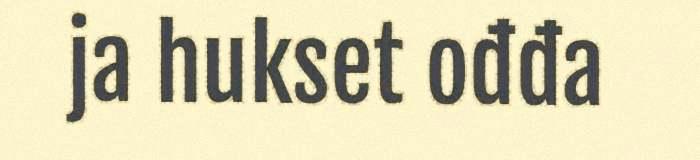
ja hukset ođđa